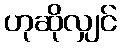
ဟုဆိုလျှင်